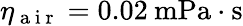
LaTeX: \eta_{\mathrm{~a~i~r~}}=0.02\: \mathrm{mPa\cdot s}